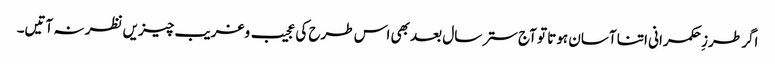
اگر طرزِ حکمرانی اتنا آسان ہوتا تو آج ستر سال بعد بھی اس طرح کی عجیب وغریب چیزیں نظر نہ آتیں۔